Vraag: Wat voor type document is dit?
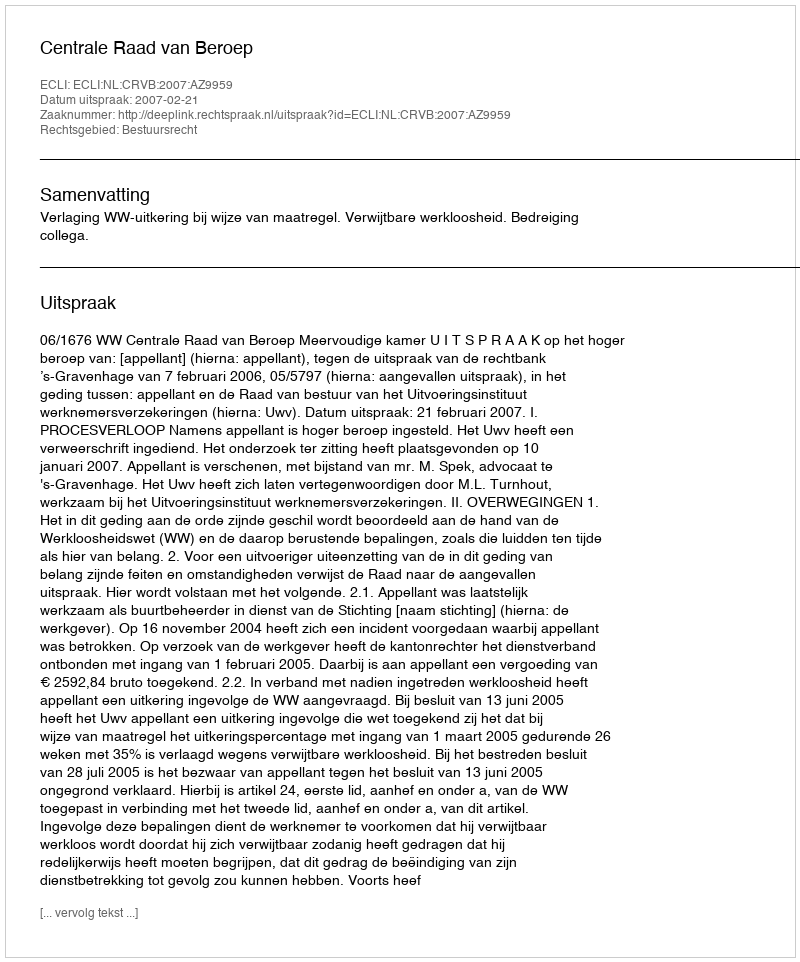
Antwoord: Uitspraak